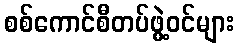
စစ်ကောင်စီတပ်ဖွဲ့ဝင်များ